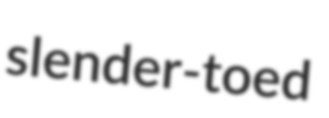
slender-toed